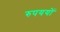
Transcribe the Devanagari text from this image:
रुपययों